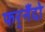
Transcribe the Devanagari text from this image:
फर्‌नँदो